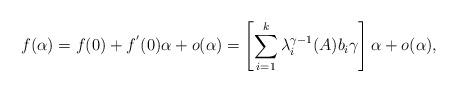
LaTeX: \begin{align*} f(\alpha)=f(0)+f^{'}(0)\alpha+o(\alpha)= \left[\sum_{i=1}^{k}\lambda_i^{\gamma-1}(A)b_{i}\gamma\right]\alpha+o(\alpha), \end{align*}